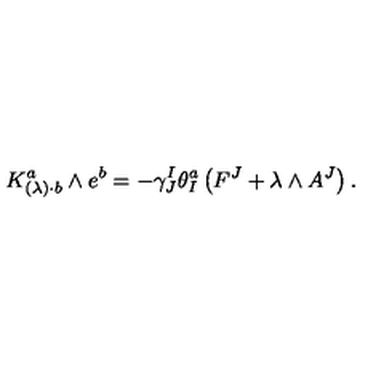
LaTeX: K _ { ( \lambda ) \cdot b } ^ { a } \wedge e ^ { b } = - \gamma _ { J } ^ { I } \theta _ { I } ^ { a } \left( F ^ { J } + \lambda \wedge A ^ { J } \right) .